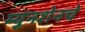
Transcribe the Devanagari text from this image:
म्युनशेनचे